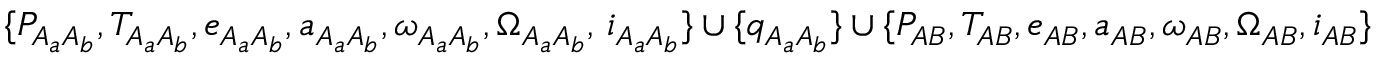
\{ P _ { A _ { a } A _ { b } } , T _ { A _ { a } A _ { b } } , e _ { A _ { a } A _ { b } } , a _ { A _ { a } A _ { b } } , \omega _ { A _ { a } A _ { b } } , \Omega _ { A _ { a } A _ { b } } , \, i _ { A _ { a } A _ { b } } \} \cup \{ q _ { A _ { a } A _ { b } } \} \cup \{ P _ { A B } , T _ { A B } , e _ { A B } , a _ { A B } , \omega _ { A B } , \Omega _ { A B } , i _ { A B } \}